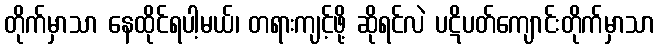
တိုက်မှာသာ နေထိုင်ရပါ့မယ်၊ တရားကျင့်ဖို့ ဆိုရင်လဲ ပဋိပတ်ကျောင်းတိုက်မှာသာ